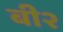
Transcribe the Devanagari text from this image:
बी२